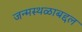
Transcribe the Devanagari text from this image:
जन्मस्थळाबद्दल